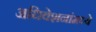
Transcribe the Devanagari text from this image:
अधिवेशनांमध्ये